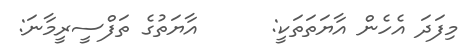
މިފަދަ އެހެން އާޔަތަތަކީ:      އާޔަތުގެ ތަފްސީރީމާނަ: